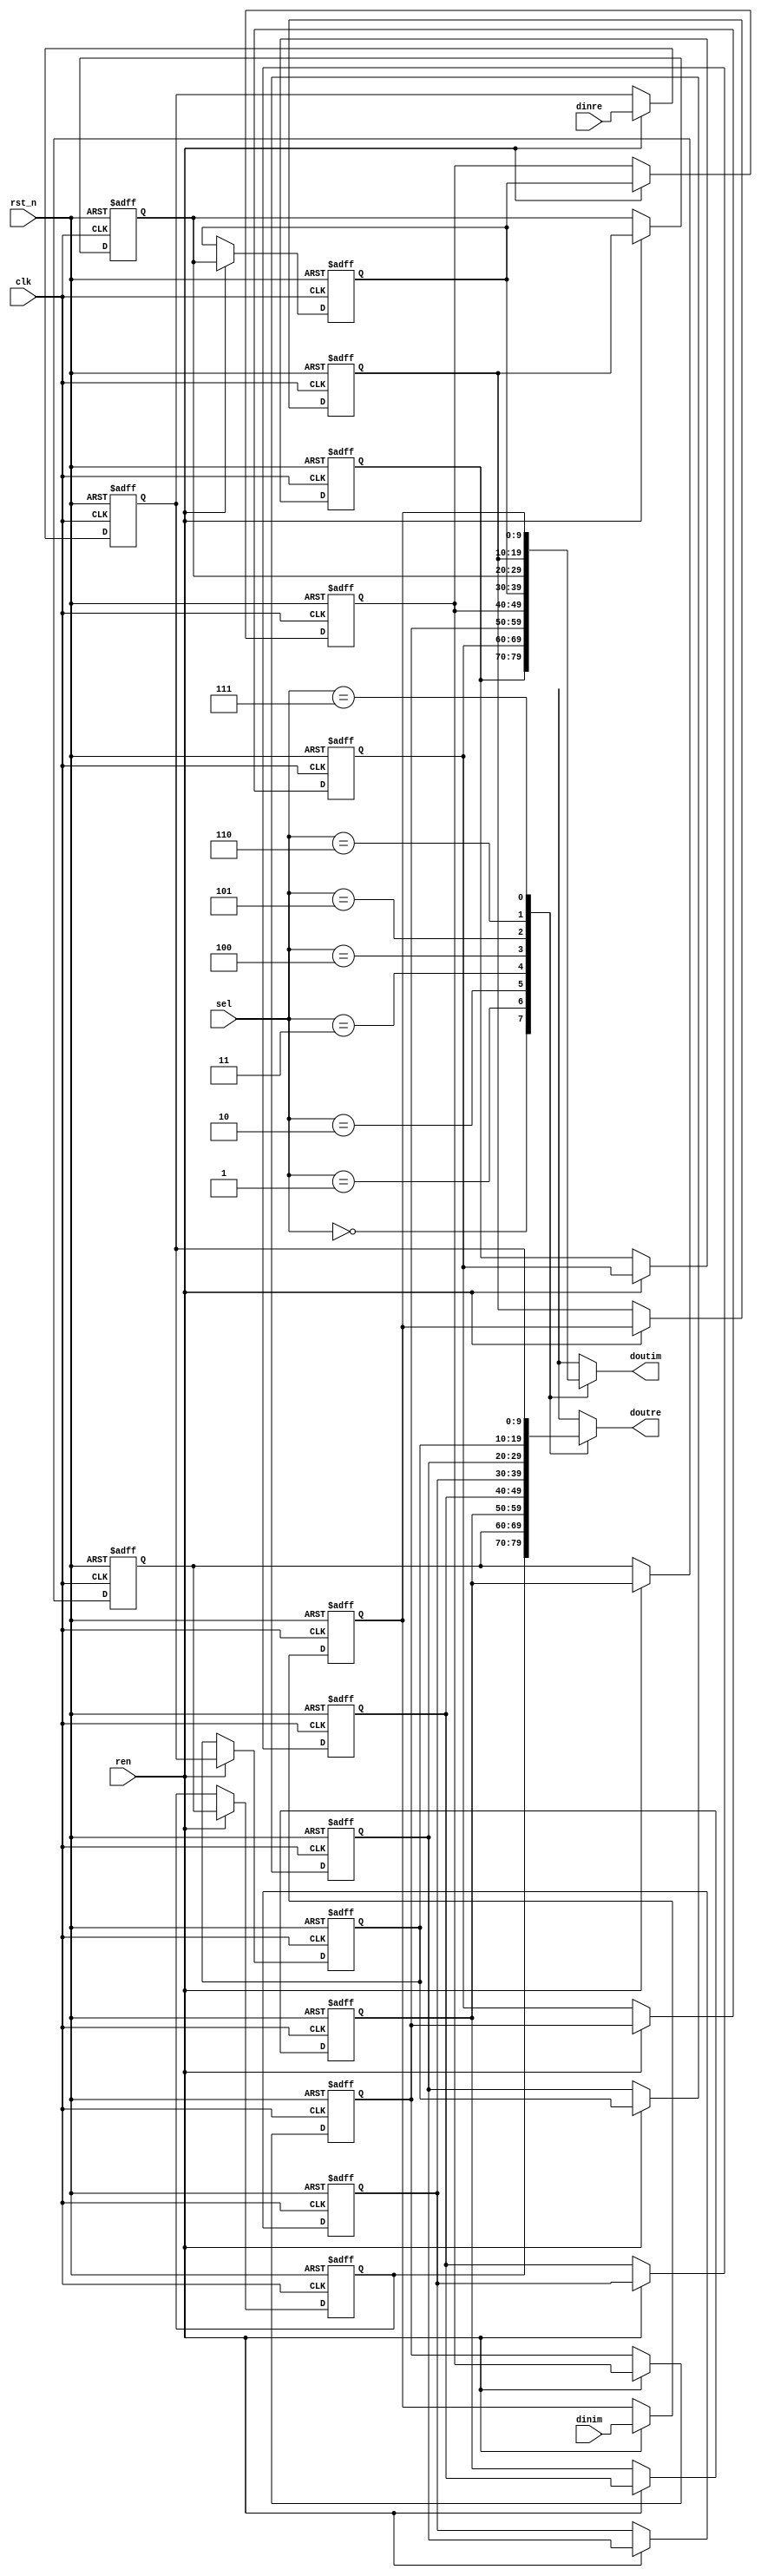
/*
####--PASS--####
*/
module shift_register8(
    input [9:0] dinre,
    input [9:0] dinim,
    input clk,
    input rst_n,
    input ren,
    input [2:0] sel,
    output [9:0] doutre,
    output [9:0] doutim
);
    reg [9:0] sregre [0:7];
    reg [9:0] sregim [0:7];
    always@(posedge clk,negedge rst_n)begin
        if(!rst_n)begin
            sregre[0]<=10'b0;
            sregre[1]<=10'b0;
            sregre[2]<=10'b0;
            sregre[3]<=10'b0;
            sregre[4]<=10'b0;
            sregre[5]<=10'b0;
            sregre[6]<=10'b0;
            sregre[7]<=10'b0;
            
            sregim[0]<=10'b0;
            sregim[1]<=10'b0;
            sregim[2]<=10'b0;
            sregim[3]<=10'b0;
            sregim[4]<=10'b0;
            sregim[5]<=10'b0;
            sregim[6]<=10'b0;
            sregim[7]<=10'b0;
        end
        else if(ren)begin
            sregre[7]<=dinre;
            sregre[6]<=sregre[7];
            sregre[5]<=sregre[6];
            sregre[4]<=sregre[5];
            sregre[3]<=sregre[4];
            sregre[2]<=sregre[3];
            sregre[1]<=sregre[2];
            sregre[0]<=sregre[1];
            
            sregim[7]<=dinim;
            sregim[6]<=sregim[7];
            sregim[5]<=sregim[6];
            sregim[4]<=sregim[5];
            sregim[3]<=sregim[4];
            sregim[2]<=sregim[3];
            sregim[1]<=sregim[2];
            sregim[0]<=sregim[1];
        end
    end
    assign doutre = sregre[sel];
    assign doutim = sregim[sel];
endmodule